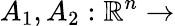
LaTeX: A_{1},A_{2}:\mathbb{R}^{n}\rightarrow